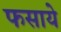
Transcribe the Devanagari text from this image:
फसाये